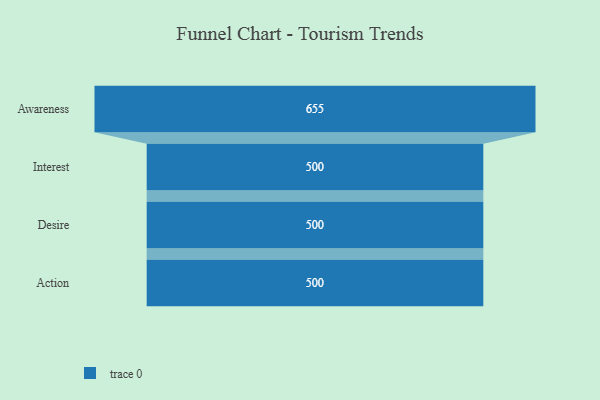
{"axis": {"x": "Stage", "y": "Value"}, "legend": [""], "data": [{"x": "Awareness", "y": 655.0, "type": ""}, {"x": "Interest", "y": 500, "type": ""}, {"x": "Desire", "y": 500, "type": ""}, {"x": "Action", "y": 500, "type": ""}]}